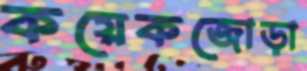
কয়েকজোড়া